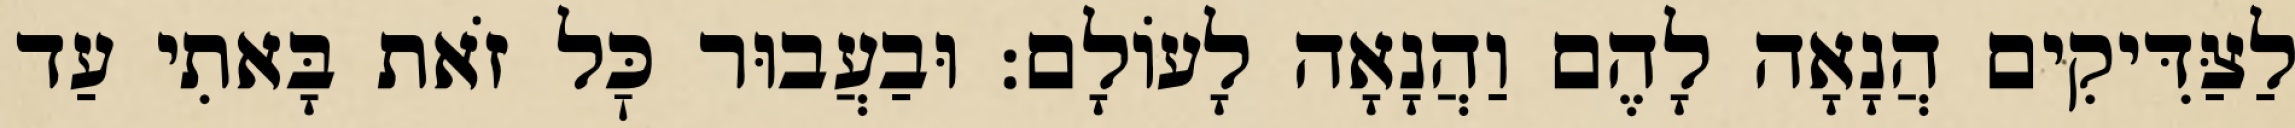
לַצַּדִּיקִים הֲנָאָה לָהֶם וַהֲנָאָה לָעוֹלָם: וּבַעֲבוּר כׇּל זֹאת בָּאתִי עַד